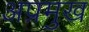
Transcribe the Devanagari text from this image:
अप्रमुख